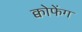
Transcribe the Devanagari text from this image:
क्वोफेंग